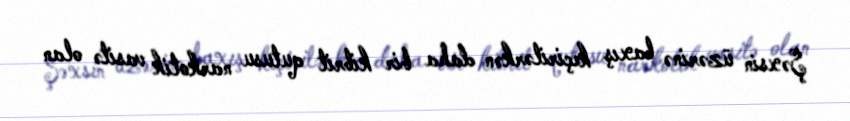
Şəxsin üzərinə baxış keçirilərkən daha bir kibrit qutusu narkotik vasitə olan